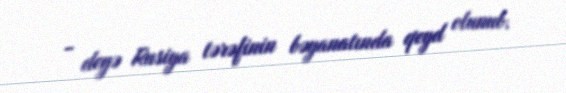
- deyə Rusiya tərəfinin bəyanatında qeyd olunub.